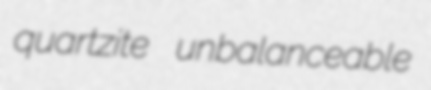
quartzite unbalanceable